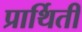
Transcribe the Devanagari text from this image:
प्रार्थिती